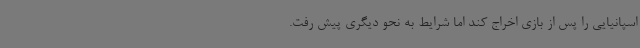
اسپانیایی را پس از بازی اخراج کند اما شرایط به نحو دیگری پیش رفت.